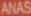
ANAS